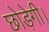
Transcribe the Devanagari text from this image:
छोड़ेगी।